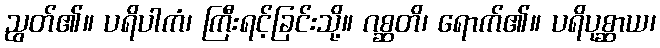
ညွတ်၏။ ပရိပါကံ၊ ကြီးရင့်ခြင်းသို့။ ဂစ္ဆတိ၊ ရောက်၏။ ပရိပုစ္ဆာယ၊